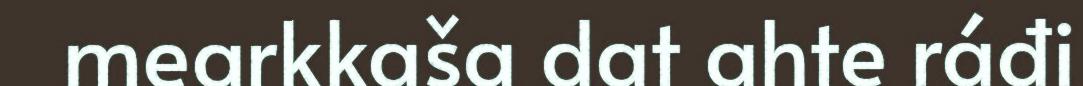
mearkkaša dat ahte ráđi